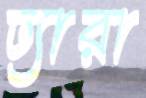
ঢ্যারা